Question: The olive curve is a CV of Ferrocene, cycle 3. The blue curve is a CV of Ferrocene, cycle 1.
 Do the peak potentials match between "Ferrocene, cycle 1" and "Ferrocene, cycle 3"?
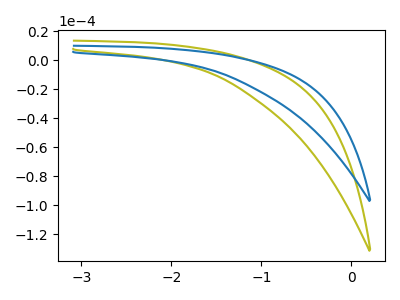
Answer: <think>The olive curve "Ferrocene, cycle 3" has no peaks. The blue curve "Ferrocene, cycle 1" has no peaks.</think>
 <answer>Niether CV has any peaks.</answer>
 <eval>blanks</eval>